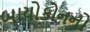
બાયોકોનનો